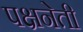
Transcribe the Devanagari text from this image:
पक्षनेती